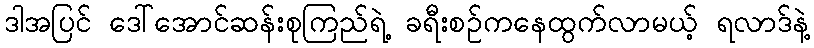
ဒါအပြင် ဒေါ်အောင်ဆန်းစုကြည်ရဲ့ ခရီးစဉ်ကနေထွက်လာမယ့် ရလာဒ်နဲ့